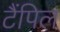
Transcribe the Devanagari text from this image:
टैंपिल